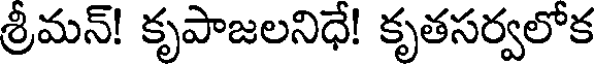
శ్రీమన్! కృపాజలనిధే! కృతసర్వలోక